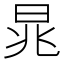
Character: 晁